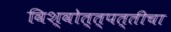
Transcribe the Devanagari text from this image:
विश्वोत्त्पत्तीचा